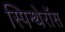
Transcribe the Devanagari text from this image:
स्पिन्थेरॉस